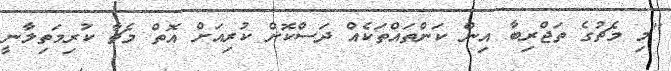
"މި މެޗުގެ ތަޖްރިބާ އިން ކަންތައްތަކެއް ދަސްކޮށް ކުރިއަށް އޮތް މެޗާ ކުރިމަތިލާނީ